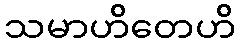
သမာဟိတေဟိ